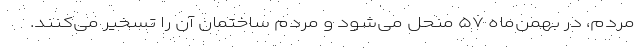
مردم، در بهمن‌ماه ۵۷ منحل می‌شود و مردم ساختمان آن را تسخیر می‌کنند.